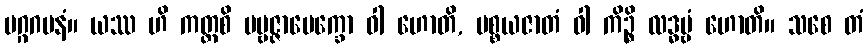
မဂ္ဂဂမနံ။ ယဿ ဟိ ကတ္ထစိ ပဗ္ဗဇ္ဇာပေက္ခော ဝါ ဟောတိ, ပစ္စယဇာတံ ဝါ ကိဉ္စိ လဒ္ဓဗ္ဗံ ဟောတိ။ သစေ တံ